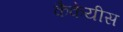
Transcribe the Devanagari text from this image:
कैकेयीस